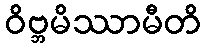
ဝိဗ္ဘမိဿာမီတိ